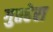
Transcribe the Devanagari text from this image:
गुप्तहेरा